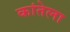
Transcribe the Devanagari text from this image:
कांतेला